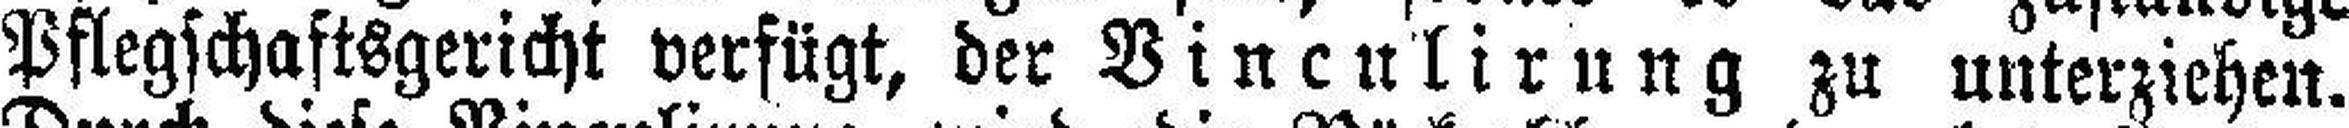
Pflegschaftsgericht verfügt, der Vinculirung zu unterziehen.